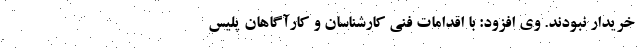
خریدار نبودند. وی افزود: با اقدامات فنی کارشناسان و کارآگاهان پلیس